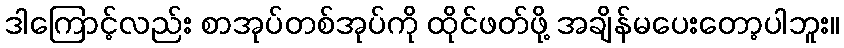
ဒါကြောင့်လည်း စာအုပ်တစ်အုပ်ကို ထိုင်ဖတ်ဖို့ အချိန်မပေးတော့ပါဘူး။